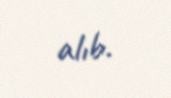
alıb.